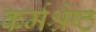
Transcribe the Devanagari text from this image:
कर्मश्रेष्ठ